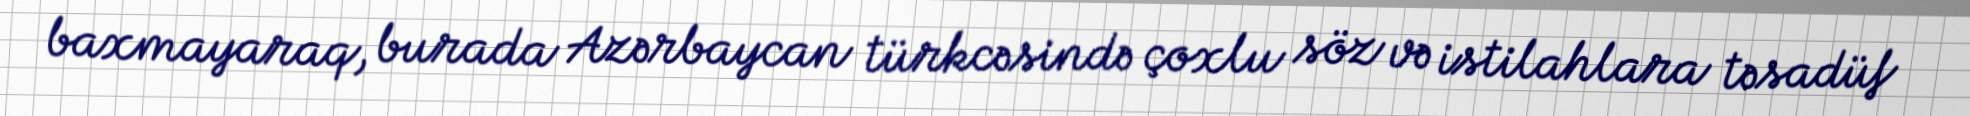
baxmayaraq, burada Azərbaycan türkcəsində çoxlu söz və istilahlara təsadüf